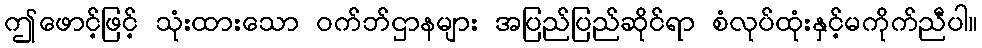
ဤဖောင့်ဖြင့် သုံးထားသော ဝက်ဘ်ဌာနများ အပြည်ပြည်ဆိုင်ရာ စံလုပ်ထုံးနှင့်မကိုက်ညီပါ။